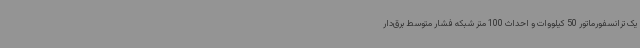
یک ترانسفورماتور 50 کیلووات و احداث 100 متر شبکه فشار متوسط برق‌دار